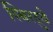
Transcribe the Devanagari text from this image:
स्थिरदुवे